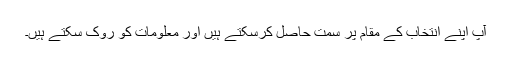
آپ اپنے انتخاب کے مقام پر سمت حاصل کرسکتے ہیں اور معلومات کو روک سکتے ہیں۔